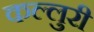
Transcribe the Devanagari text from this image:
कल्लुरी